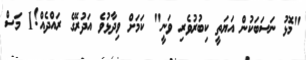
"މޮޅު ނަސަބަކުން އަޔަތީ ކިބުރުވެރި ވަނީ" ކަމަށް ވިދާޅުވެ އަދުރޭގެ ރައްދެއް!1 މަސް